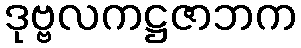
ဒုဗ္ဗလကဋ္ဌဇာဘက